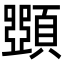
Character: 𩔡